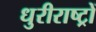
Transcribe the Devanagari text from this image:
धुरीराष्ट्रों